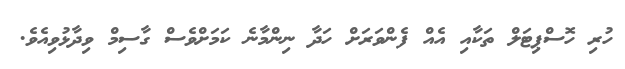
ހުރި ހޮސްޕިޓަލް ތަކާއި އެއް ފެންވަރަށް ހަދާ ނިންމާނެ ކަމަށްވެސް ގާސިމް ވިދާޅުވިއެވެ.